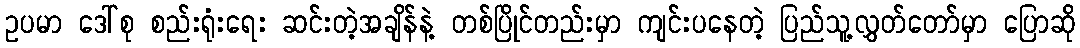
ဥပမာ ဒေါ်စု စည်းရုံးရေး ဆင်းတဲ့အချိန်နဲ့ တစ်ပြိုင်တည်းမှာ ကျင်းပနေတဲ့ ပြည်သူ့လွှတ်တော်မှာ ပြောဆို